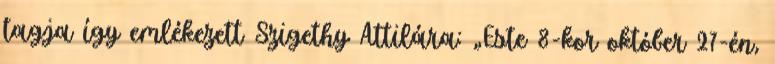
tagja így emlékezett Szigethy Attilára: „Este 8-kor október 27-én,